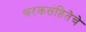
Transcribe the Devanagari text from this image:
चरकसंहितेचे